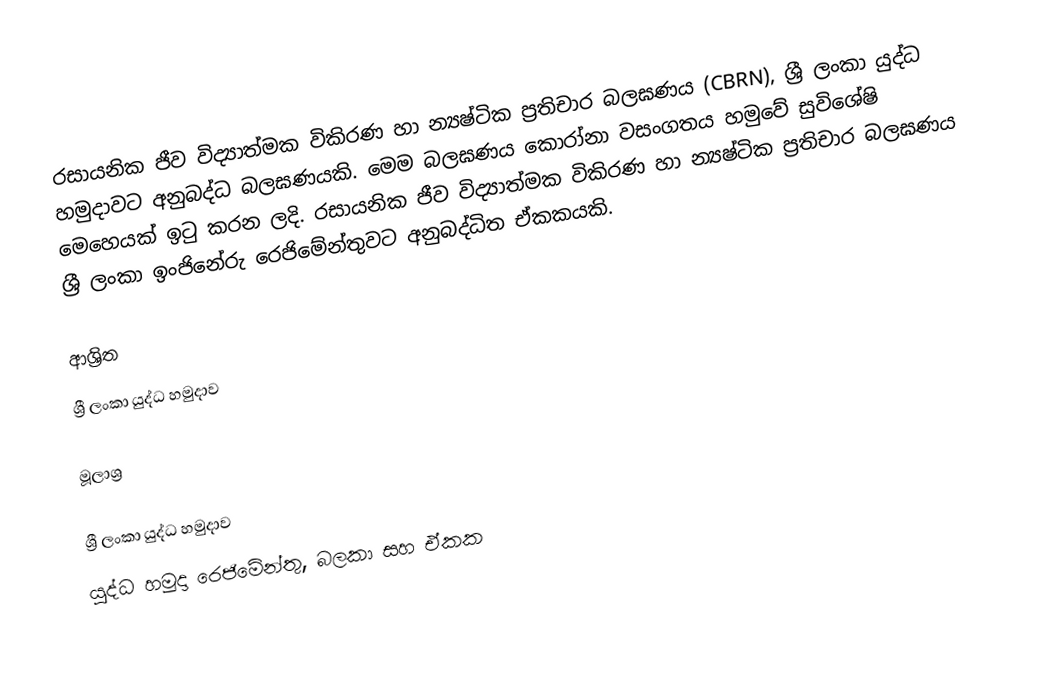
රසායනික ජීව විද්‍යාත්මක විකිරණ හා න්‍යෂ්ටික ප්‍රතිචාර බලඝණය (CBRN), ශ්‍රී ලංකා යුද්ධ හමුදාවට අනුබද්ධ බලඝණයකි. මෙම බලඝණය කොරා්නා වසංගතය හමුවේ සුවිශේෂි මෙහෙයක් ඉටු කරන ලදි. රසායනික ජීව විද්‍යාත්මක විකිරණ හා න්‍යෂ්ටික ප්‍රතිචාර බලඝණය ශ්‍රී ලංකා ඉංජිනේරු රෙජිමේන්තුවට අනුබද්ධිත ඒකකයකි.

ආශ්‍රිත
 ශ්‍රී ලංකා යුද්ධ හමුදාව

මූලාශ්‍ර

ශ්‍රී ලංකා යුද්ධ හමුදාව
යුද්ධ හමුදා රෙජිමේන්තු, බලකා සහ ඒකක